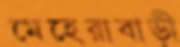
মেহেরাবাড়ী